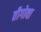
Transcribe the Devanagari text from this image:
तीगोवा